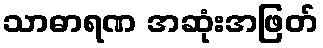
သာဓာရဏ အဆုံးအဖြတ်